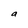
Character: a